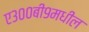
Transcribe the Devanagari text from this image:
ए३००बी९मधील